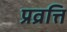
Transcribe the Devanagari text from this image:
प्रव्रत्ति